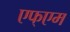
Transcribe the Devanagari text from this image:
एफ्एम